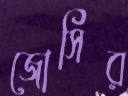
জোসির